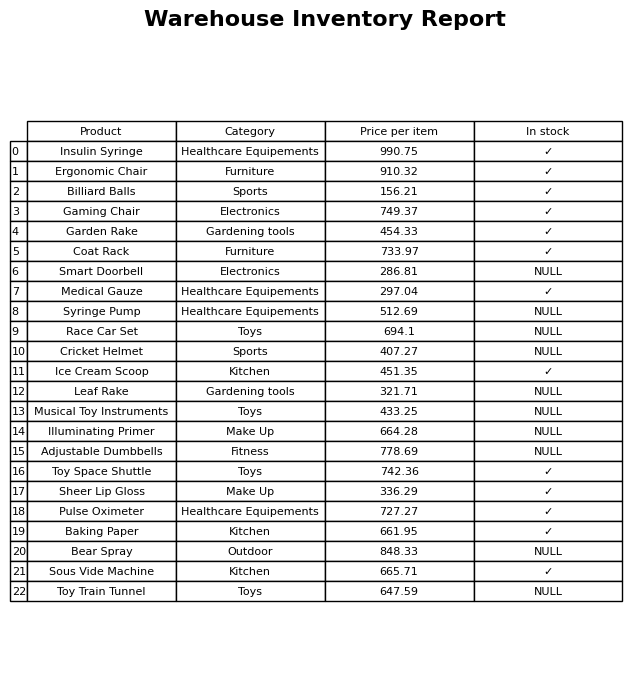
question: What is the price of the Medical Gauze?
answer: The price of Medical Gauze is 297.04.